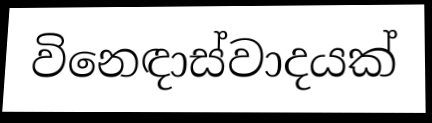
විනෙඳාස්වාදයක්